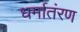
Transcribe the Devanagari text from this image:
धर्मातंरण